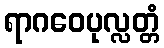
ရာဂဝေပုလ္လတ္တံ